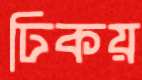
ঢিকয়